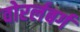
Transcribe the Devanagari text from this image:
वोरर्लबर्ग